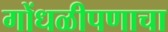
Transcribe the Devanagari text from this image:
गोंधळीपणाचा